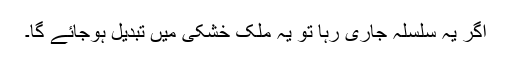
اگر یہ سلسلہ جاری رہا تو یہ ملک خشکی میں تبدیل ہوجائے گا۔